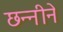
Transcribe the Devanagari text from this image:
छन्नीने